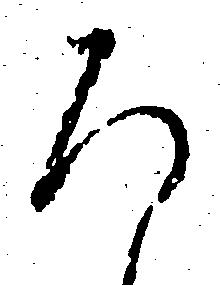
ろ